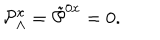
{ \cal P } _ { \Lambda } ^ { x } = \tilde { \cal P } ^ { 0 x } = 0 .